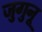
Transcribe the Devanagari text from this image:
जुगुनू